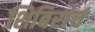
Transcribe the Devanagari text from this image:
शिबिरांचं